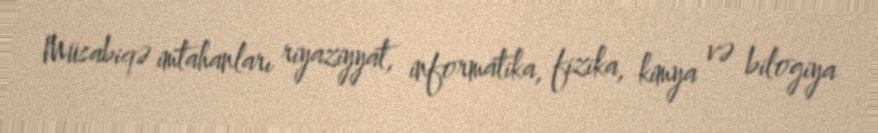
Müsabiqə imtahanları riyaziyyat, informatika, fizika, kimya və bilogiya